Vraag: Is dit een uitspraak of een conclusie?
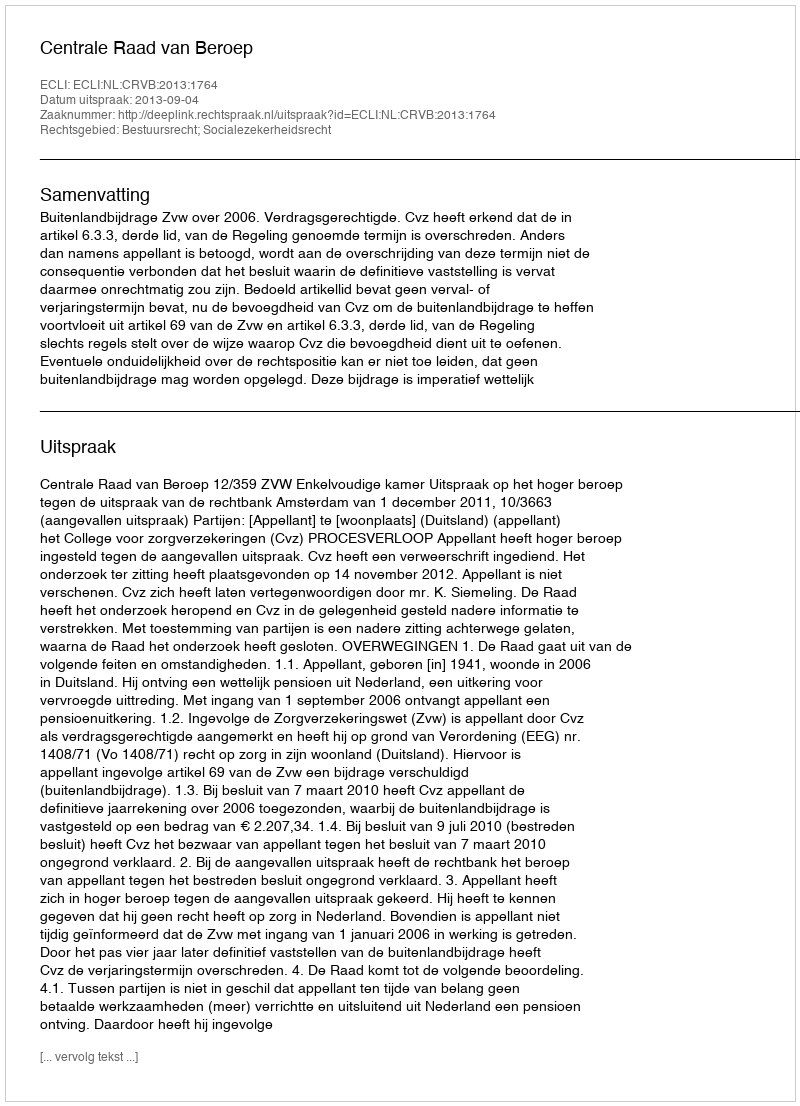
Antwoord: Uitspraak